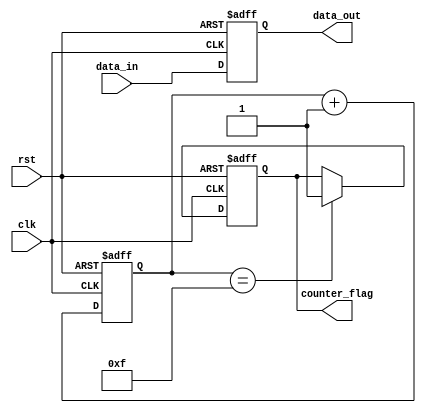
module reset_condition_block (
    input wire clk,        // Clock signal
    input wire rst,        // Reset signal (active-high)
    input wire [7:0] data_in, // Example data input
    output reg [7:0] data_out, // Example data output
    output reg counter_flag  // Example flag
);

// Internal register for counter
reg [3:0] counter;

// Asynchronous reset logic
always @(posedge clk or posedge rst) begin
    if (rst) begin
        // Reset condition: initialize state variables
        data_out <= 8'b0;        // Initialize data output to zero
        counter <= 4'b0;         // Initialize counter to zero
        counter_flag <= 1'b0;    // Clear the counter flag
    end else begin
        // Normal operation
        data_out <= data_in;     // Pass input data to output
        counter <= counter + 1;   // Increment counter
        if (counter == 4'b1111) begin
            counter_flag <= 1'b1; // Set flag when counter reaches maximum
        end
    end
end

endmodule